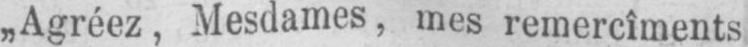
„Agréez, Mesdames, mes remercîments